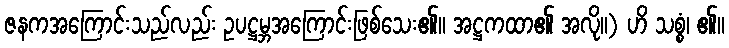
ဇနကအကြောင်းသည်လည်း ဥပဋ္ဌမ္ဘအကြောင်းဖြစ်သေး၏။ အဋ္ဌကထာ၏ အလို။) ဟိ သစ္စံ၊ ၏။